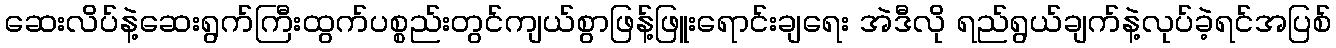
ဆေးလိပ်နဲ့ဆေးရွက်ကြီးထွက်ပစ္စည်းတွင်ကျယ်စွာဖြန့်ဖြူးရောင်းချရေး အဲဒီလို ရည်ရွယ်ချက်နဲ့လုပ်ခဲ့ရင်အပြစ်